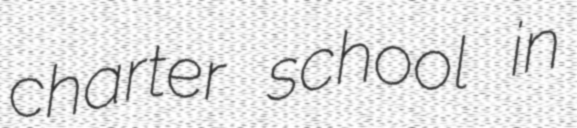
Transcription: charter school in